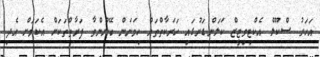
އަހަރު ސްކޫލް އެކްޓިވިޓީޒް ކަލަންޑަރުގައި ހަރަކާތްތައް ހިމަނަން ބޭނުންވާ ފަރާތްތަކަށް އެކަމަށް އެދި